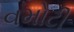
વમોટી